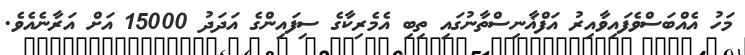
މަހު އެއްބަސްވެފައިވާއިރު އަފްޣާނިސްތާނުގައި ތިބި އެމެރިކާގެ ސިފައިންގެ އަދަދު 15000 އަށް އަރާނެއެވެ.